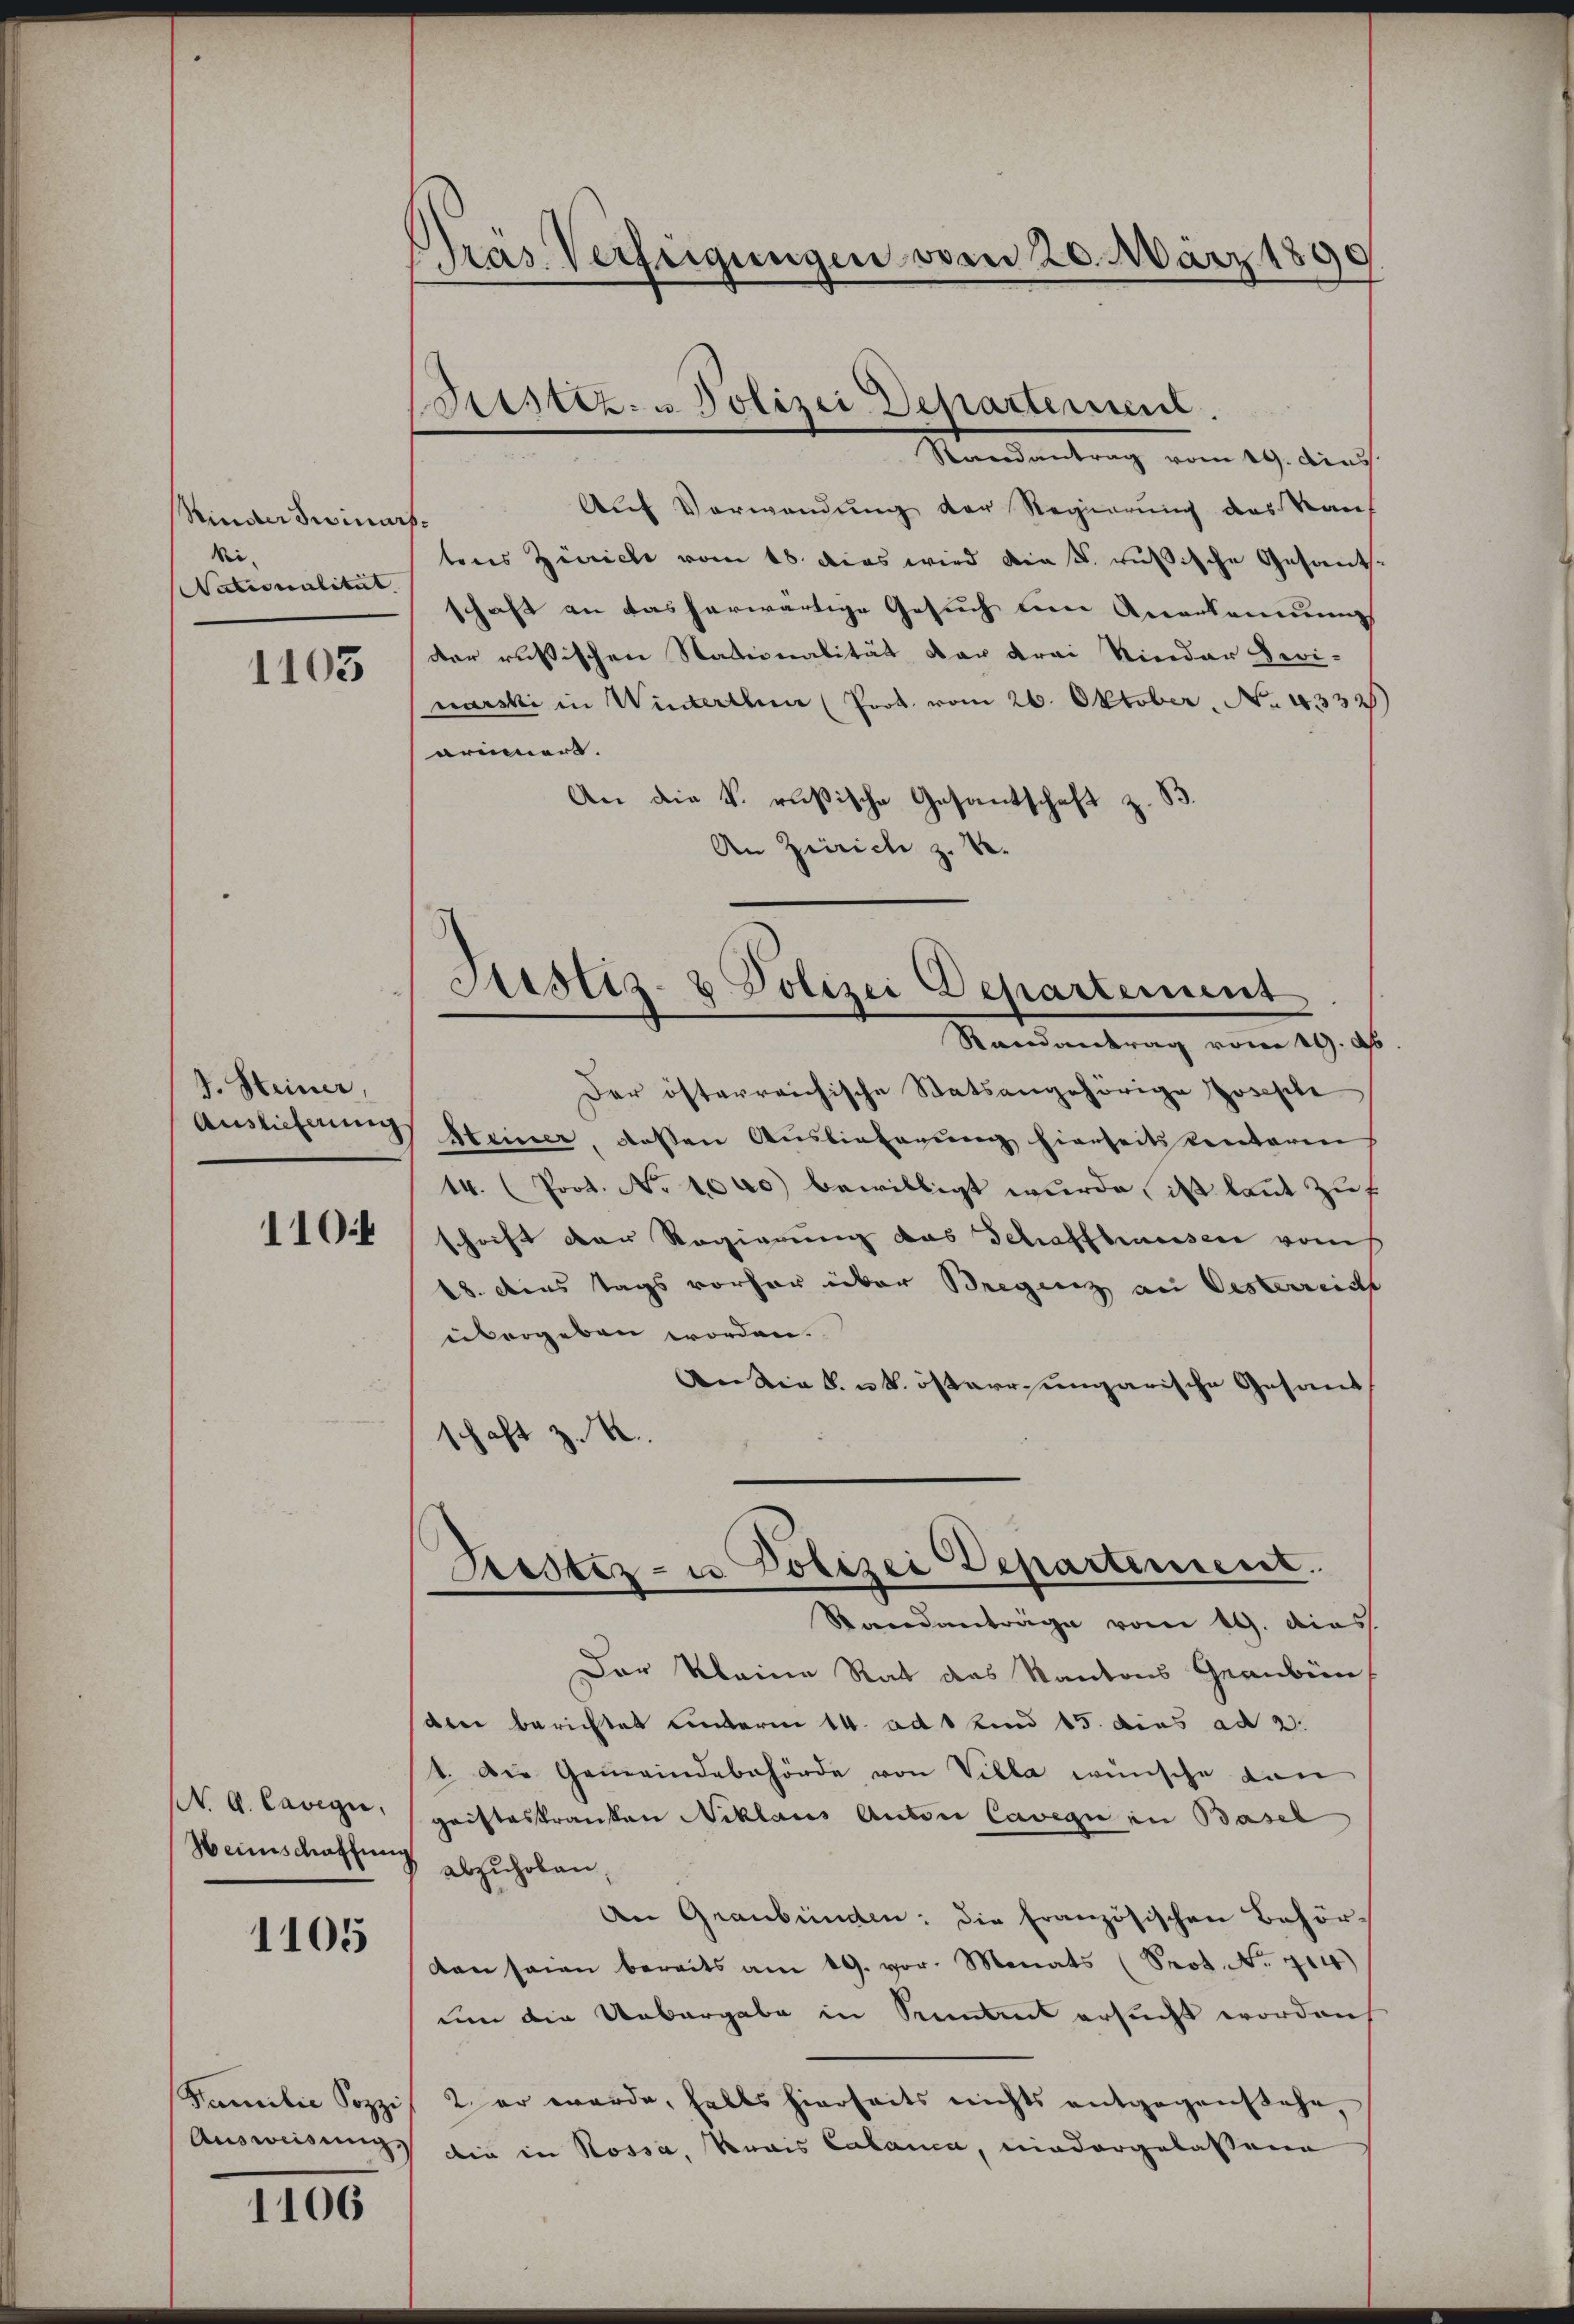
Rinderswinurs¬
Mi¬
Nationalität

1103

J. Steiner,
Auslieferung

110.4

N. A. Cavegia,
Heimschaffung

1105

Familie Sozzi
Ausweisung

1106

Präs. Verfeigungen vom 20. März 1890

Bustiz - Polizei Departement.
Standentrag vom 29. Aus

Justiz- & Polizei Departement
Randantrag vom 19. d.
Der österreichische Statsangehörige Josephe

Auf Verwendung der Regierung des Kauf
tons Zürich vom 18. dies wird die k. russische Gesandschaft an das herwärtige Gesuch den Anerkennung
der russischen Stationalität der drei Vierdar Devi-
narski in Winterthen (Prok. vom 26. Oktober, No. 4332)
arinnert.
An die k. rußische Gesantschaft z. B.
An Zürich z. B.
Steiner, dessen Auslieferung hierseits kentaren
14. (Prot. No 1000 bewilligt wurde, ist kannt zuf
schrift der Regierung das Schaffhausen vom
18. dies tags vorher über Bregenz an Oesterreich
übergeben worden.
Andia k. k. östere ungarische Gesand
schaft z. B.
Testiz- u Polizei Departement.
Standanträge vom 19. dies
Der kleine Rat des Kantons Graubün
den berichtet unterm 14. ad 1 und 15. dies ad 2.
1. Die Gemeindebehörde von Villa wünsche von
gristeskranken Niklaus Anton Cavegi in Basel
abzuhoben
An Graubünden: die französischen Behör-
dan sein bereits am 19. vor. Monats (Prot. No. 704)
um die Uebergabe in Seitet ersucht worden
2. er werde, halts hierseits nichts entgegenstehe
die in Rossa, Krais Calanca, niedergelassene